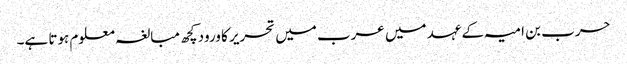
حرب بن امیہ کے عہد میں عرب میں تحریر کا ورود کچھ مبالغہ معلوم ہوتا ہے۔